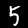
Digit: 5